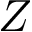
Z